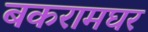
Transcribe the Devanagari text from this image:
बकरामघर